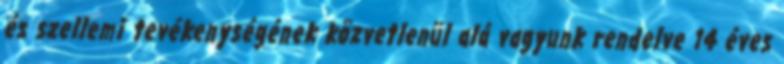
és szellemi tevékenységének közvetlenül alá vagyunk rendelve 14 éves